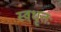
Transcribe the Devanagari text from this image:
स्वधृतः